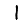
Digit: 1